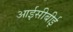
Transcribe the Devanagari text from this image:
आईसीबीई